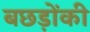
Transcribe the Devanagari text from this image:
बछड़ोंकी